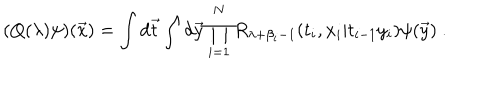
( Q ( \lambda ) \psi ) ( { \vec { x } } ) = \int d { \vec { t } } \int d { \vec { y } } \prod _ { i = 1 } ^ { N } R _ { \lambda + \beta _ { i } - 1 } ( t _ { i } , x _ { i } | t _ { i - 1 } y _ { i } ) \psi ( { \vec { y } } ) ~ .